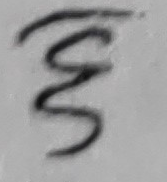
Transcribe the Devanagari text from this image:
ङ